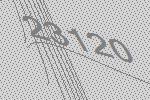
23120